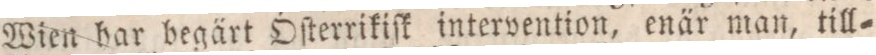
Wien har begärt Öſterrikiſk intervention, enär man, till=